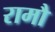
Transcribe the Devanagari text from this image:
रामौ